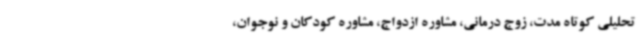
تحلیلی کوتاه مدت، زوج درمانی، مشاوره ازدواج، مشاوره کودکان و نوجوان،